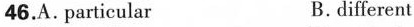
46.A. particular. В. different